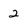
Character: 2